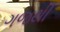
ગજથી